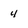
Character: 4